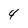
Character: 4